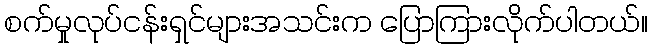
စက်မှုလုပ်ငန်းရှင်များအသင်းက ပြောကြားလိုက်ပါတယ်။